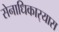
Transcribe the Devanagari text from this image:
सेनाधिकार्‍यास